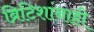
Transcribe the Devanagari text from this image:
ब्रिटिशांनाही